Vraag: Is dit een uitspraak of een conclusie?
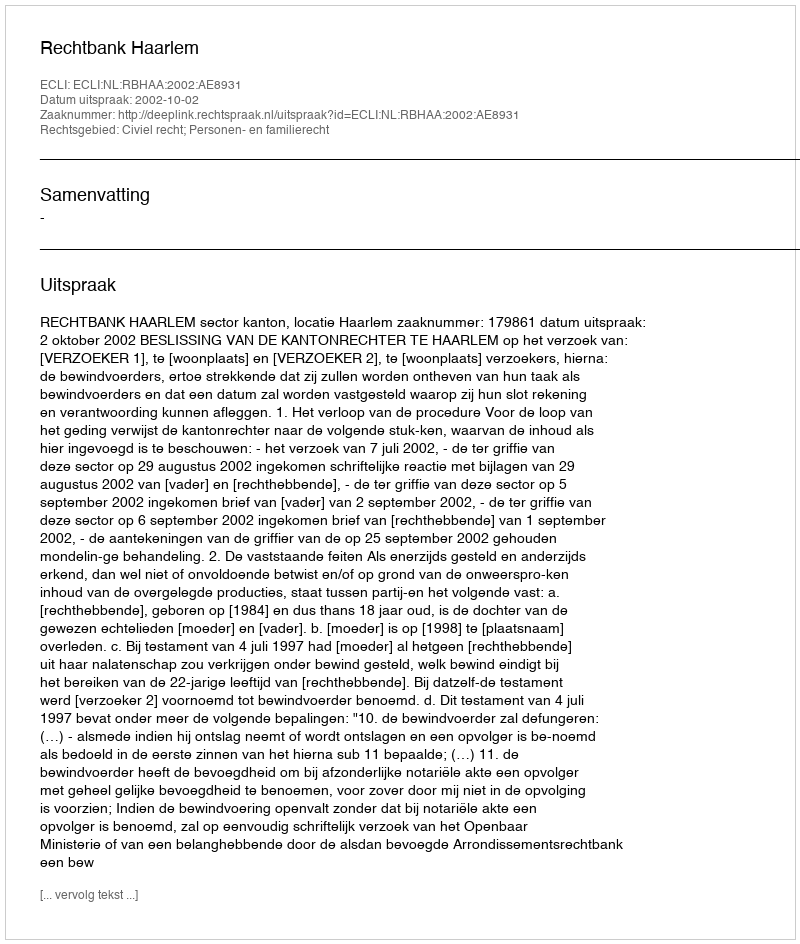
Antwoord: Uitspraak